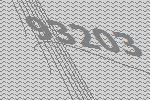
93203